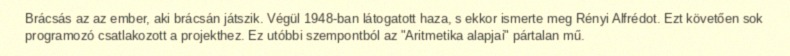
Brácsás az az ember, aki brácsán játszik. Végül 1948-ban látogatott haza, s ekkor ismerte meg Rényi Alfrédot. Ezt követően sok programozó csatlakozott a projekthez. Ez utóbbi szempontból az "Aritmetika alapjai" pártalan mű.